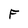
Character: F